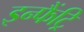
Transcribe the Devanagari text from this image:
इन्फैंट्रि